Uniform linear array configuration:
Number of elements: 24
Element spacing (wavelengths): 0.25
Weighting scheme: hamming
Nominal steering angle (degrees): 60
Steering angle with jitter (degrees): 61.036
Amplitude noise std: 0.05
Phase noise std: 0.05

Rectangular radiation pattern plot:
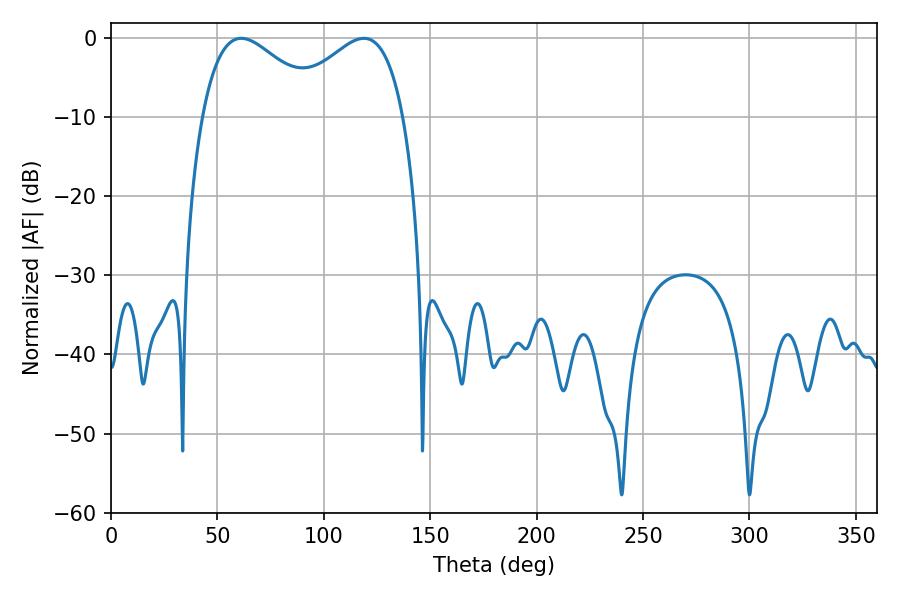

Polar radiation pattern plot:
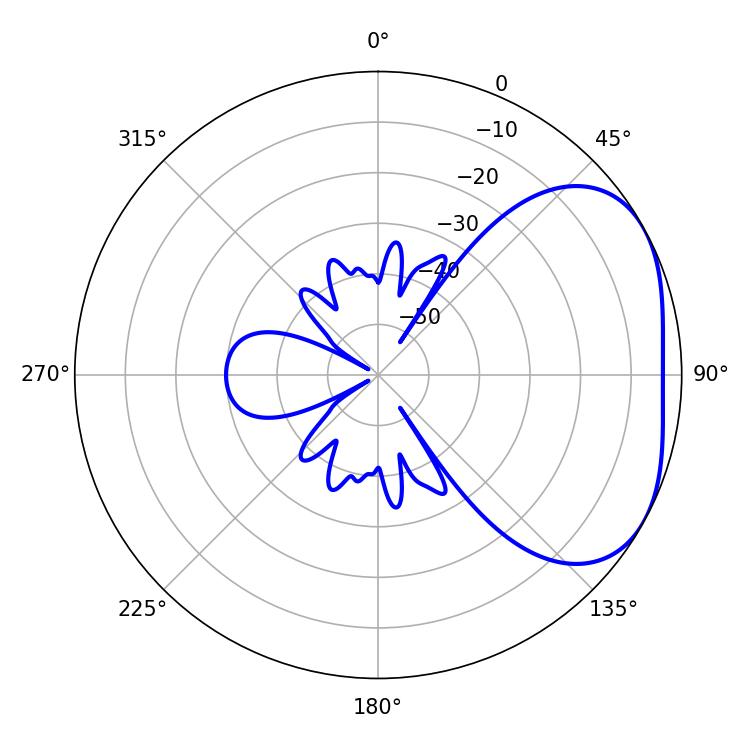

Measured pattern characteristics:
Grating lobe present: FALSE
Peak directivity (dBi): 3.205
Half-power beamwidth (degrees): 30.78
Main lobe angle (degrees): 61.2